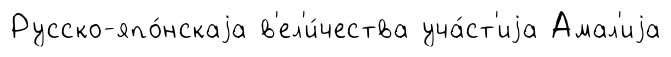
Русско-япо́нскаjа в'ел'и́чества уча́ст'иjа Амал'иjа